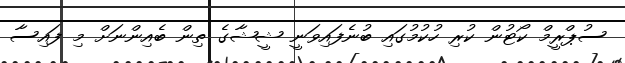
ސުޕްރީމް ކޯޓުން ކުރި ހުކުމުގައި ބުނެފައިވަނީ ޝީޝާގެ ތިން ބެއިންނަށް މި ފައިސާ